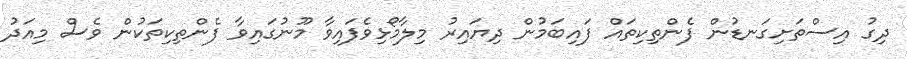
ދިގު އިސްތަށިގަނޑުން ފެންތިކިތައް ފައިބަމުން ދިޔައިރު މިލާމޯޅިވެފައިވާ މޫނުގައިވާ ފެންތިކިތަކުން ވެސް މިއަދު